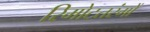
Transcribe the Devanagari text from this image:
रिमोटतरंगों